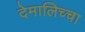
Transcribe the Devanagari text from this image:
देमालिच्चा